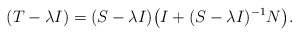
\begin{align*}(T-\lambda{I})=(S-\lambda{I})\big(I+(S-\lambda{I})^{-1}N\big).\end{align*}